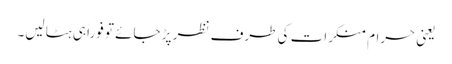
یعنی حرام منکرات کی طرف نظر پڑ جائے تو فوراً ہی ہٹا لیں۔